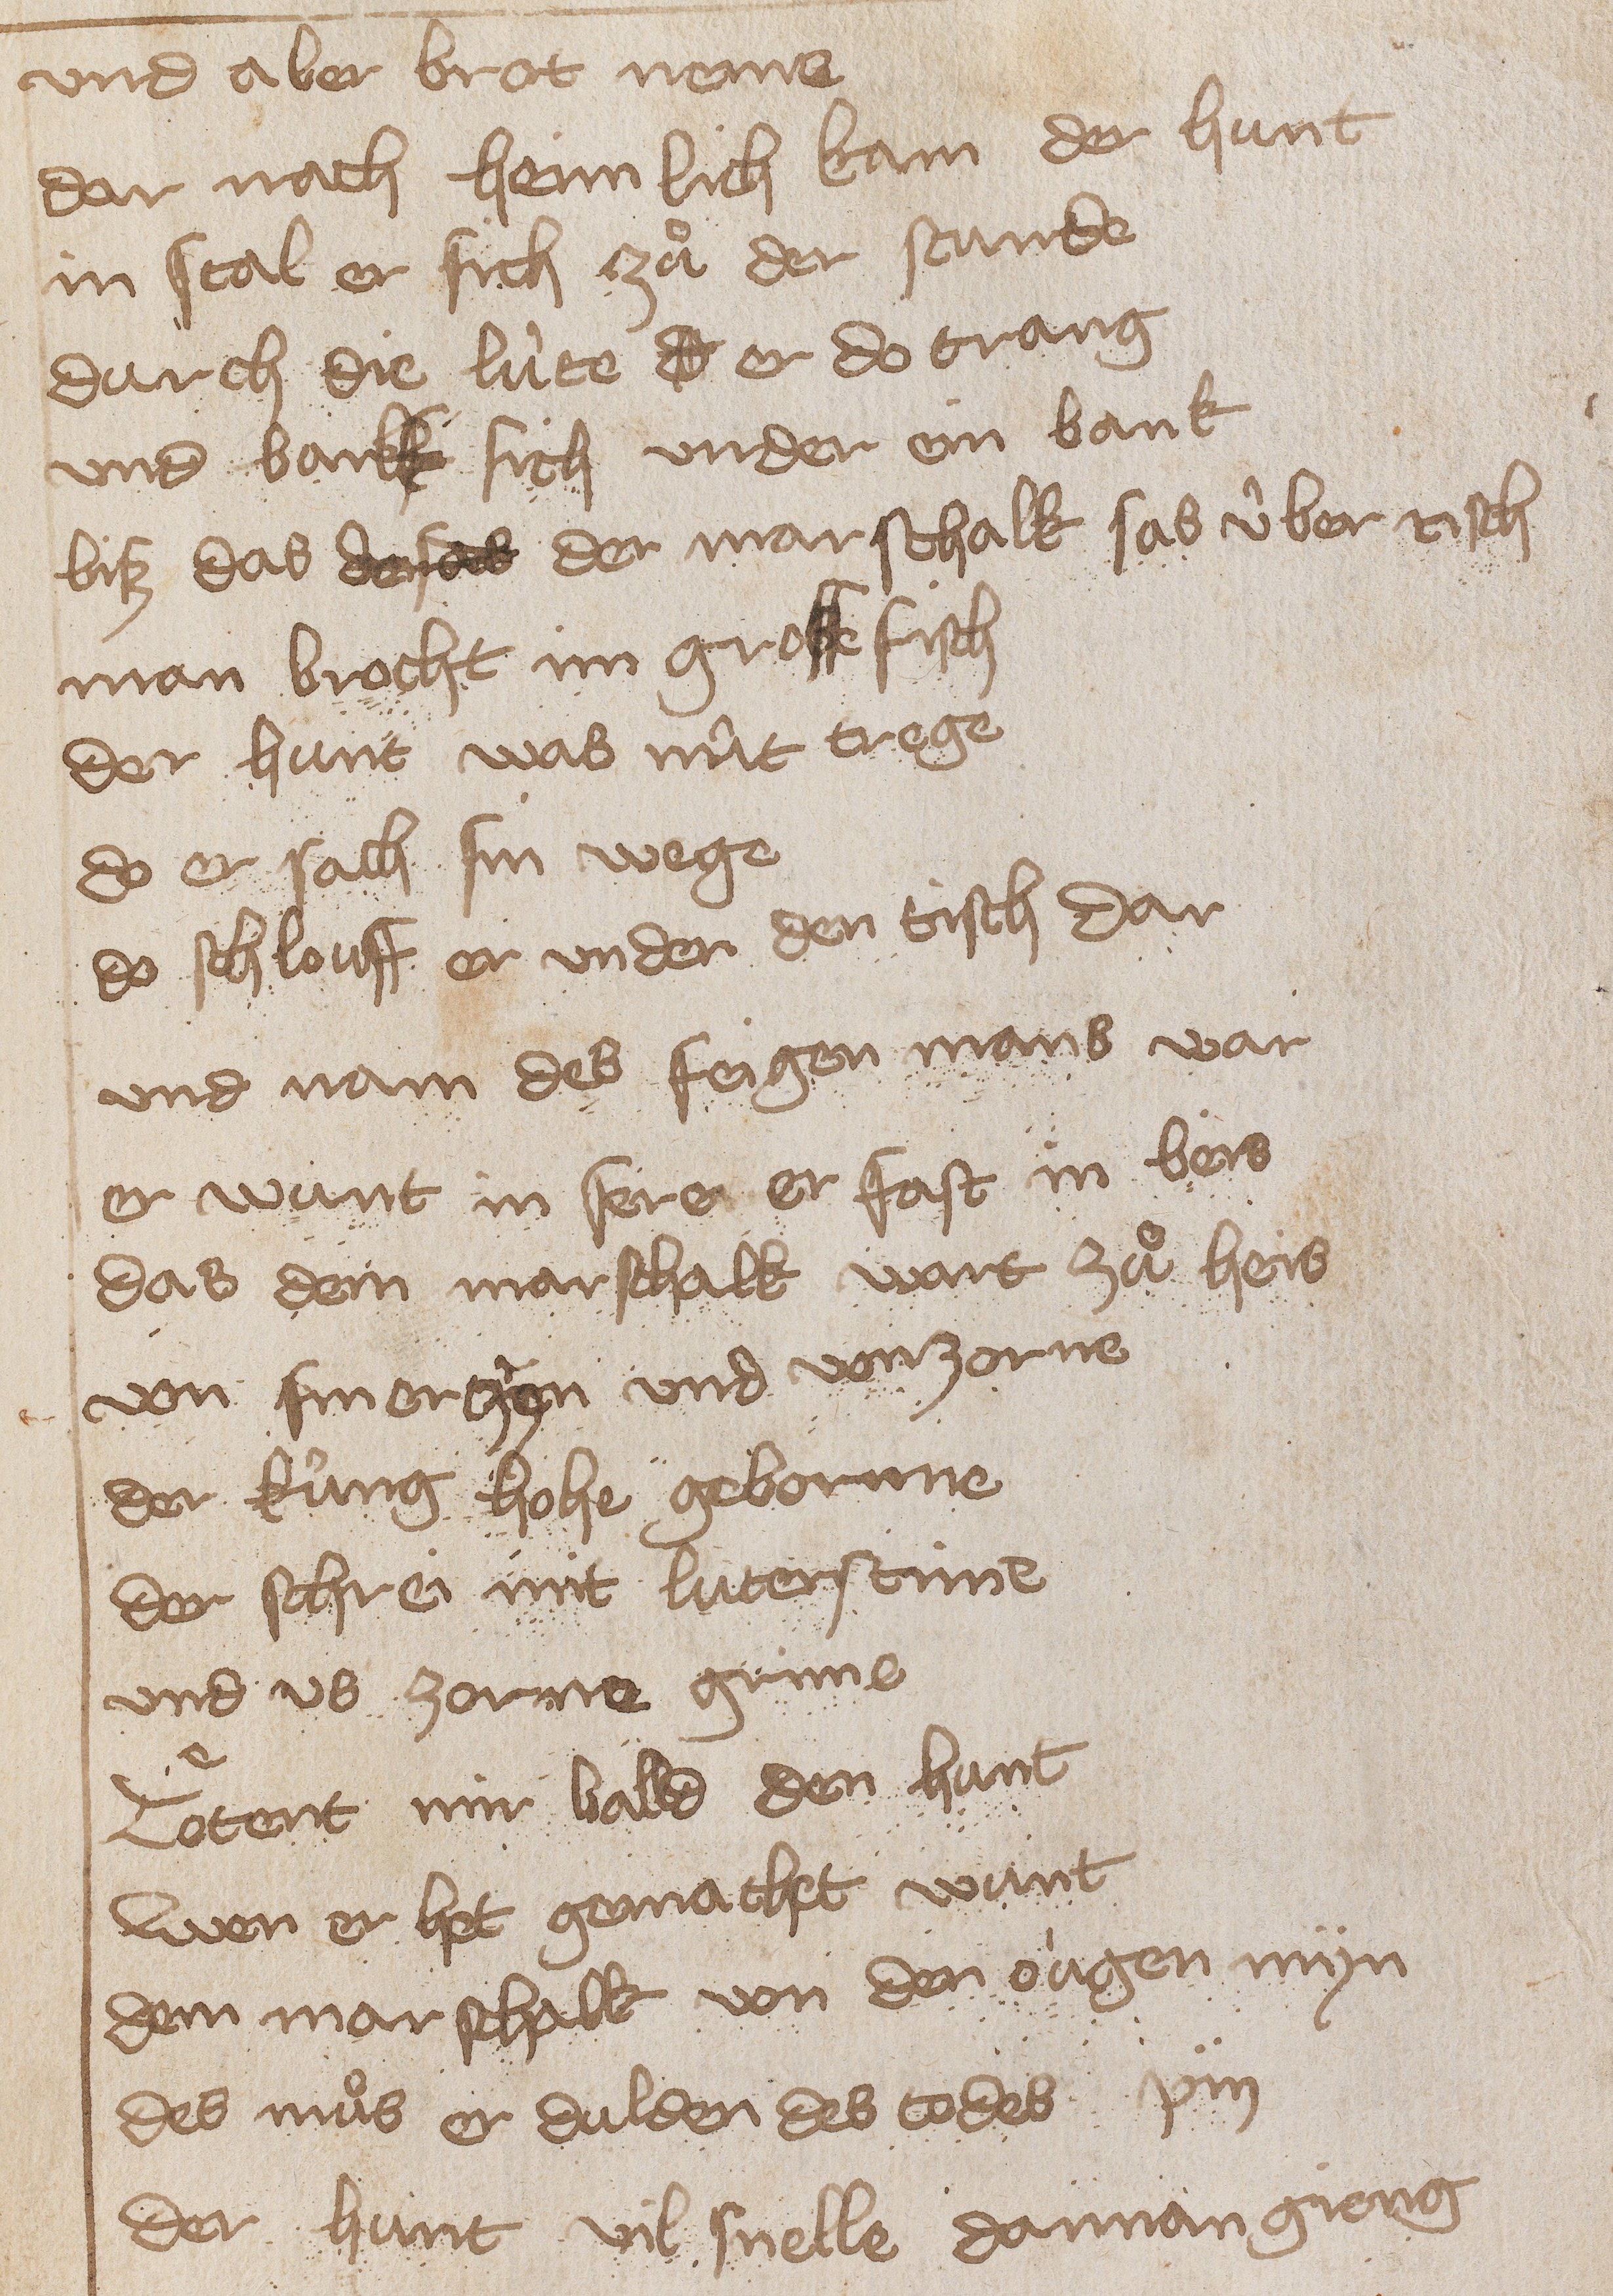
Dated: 1400–1449